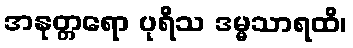
အနုတ္တရော ပုရိသ ဒမ္မသာရထိ၊